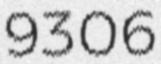
9306